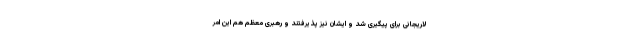
لاریجانی برای پیگیری شد و ایشان نیز پذیرفتند و رهبری معظم هم این امر